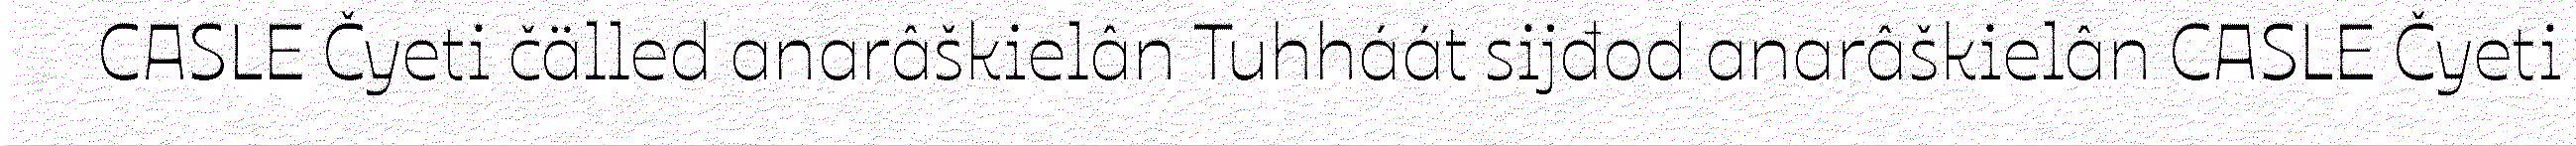
CASLE Čyeti čälled anarâškielân Tuhháát sijđod anarâškielân CASLE Čyeti